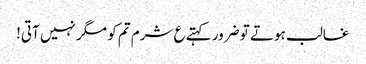
غالب ہوتے تو ضرور کہتے ع شرم تم کو مگر نہیں آتی!